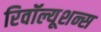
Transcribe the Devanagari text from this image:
रिवॉल्यूशन्स